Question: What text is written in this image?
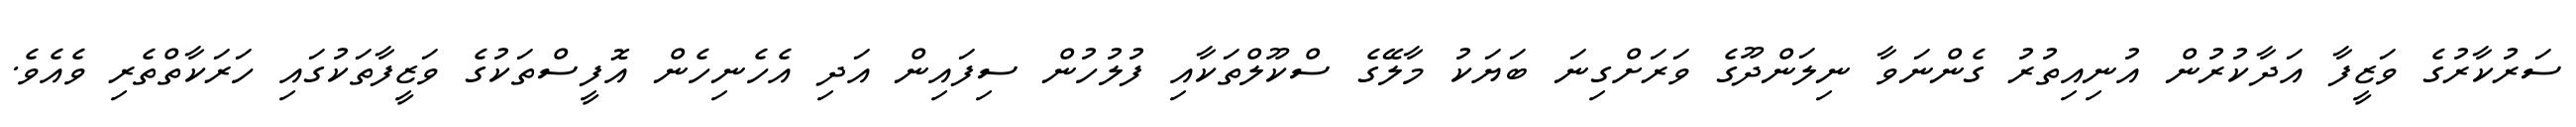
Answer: ސަރުކާރުގެ ވަޒީފާ އަދާކުރުން އުނިއިތުރު ގެންނަވާ ނިލަންދޫގެ ވަރަށްގިނަ ބަޔަކު މާލޭގެ ސްކޫލްތަކާއި ފުލުހުން ސިފައިން އަދި އެހެނިހެން އޮފީސްތަކުގެ ވަޒީފާތަކުގައި ހަރަކާތްތެރި ވެއެވެ.